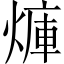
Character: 𪹜